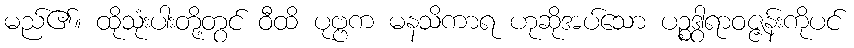
မည်၏။ ထိုသုံးပါးတို့တွင် ဝီထိ ပုဗ္ဗက မနသိကာရ ဟုဆိုအပ်သော ပဉ္စဒွါရာဝဇ္ဇန်းကိုပင်